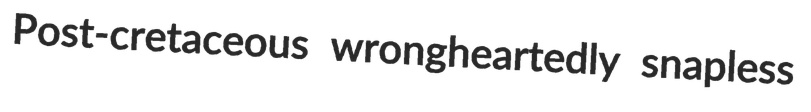
Post-cretaceous wrongheartedly snapless